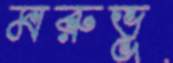
মরুভূ